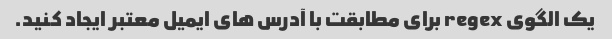
یک الگوی regex برای مطابقت با آدرس های ایمیل معتبر ایجاد کنید.